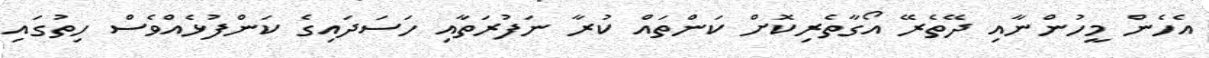
އެހެން މީހުންނާއި ދޭތެރޭ އޯގާތެރިކޮށް ކަންތައް ކުރާ ނަފުރަތާއި ހަސަދައިގެ ކަންފުޅެއްވެސް ހިތުގައި